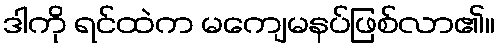
ဒါကို ရင်ထဲက မကျေမနပ်ဖြစ်လာ၏။